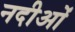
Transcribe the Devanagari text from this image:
नदीओं